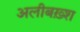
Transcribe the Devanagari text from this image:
अलीबख़्श